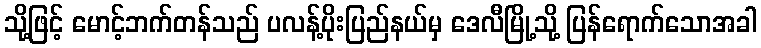
သို့ဖြင့် မောင့်ဘက်တန်သည် ပလန့်ပိုးပြည်နယ်မှ ဒေလီမြို့သို့ ပြန်ရောက်သောအခါ